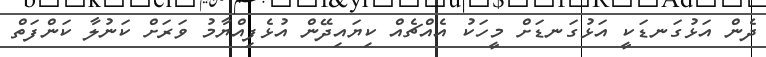
ދެން އަޅުގަނޑަކީ އަޅުގަނޑަށް މީހަކު އެއްޗެއް ކިޔައިދޭން އުޅެފިއްޔާމު ވަރަށް ކަނުލާ ކަންފަތް